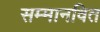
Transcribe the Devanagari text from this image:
सम्मानवित